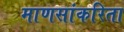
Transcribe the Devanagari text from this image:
माणसांकरिता